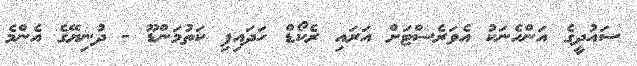
ސައުދީގެ އަންހެނަކު އެވަރެސްޓަށް އަރައި ރެކޯޑް ހަދައިފި ކަތުމަންޑޫ - ދުނިޔޭގެ އެންމެ